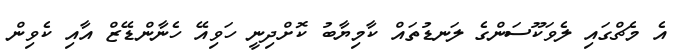
އެ މެޗްގައި ލެވަކޫސަންގެ ލަނޑުތައް ކާމިޔާބު ކޮށްދިނީ ހަވިއޭ ހެނާންޑޭޒް އާއި ކެވިން